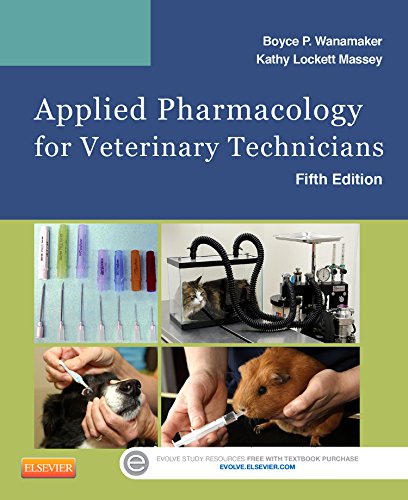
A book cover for Applied Pharmacology for Veterinary Technicians, 5e; Boyce P. Wanamaker DVM  MS; Medical Books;